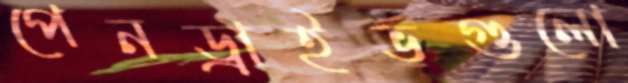
পেনড্রাইভগুলো